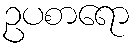
ဥပစာရော